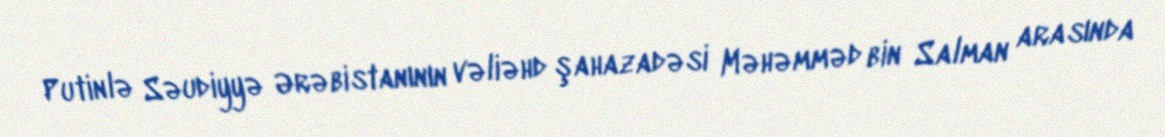
Putinlə Səudiyyə Ərəbistanının vəliəhd şahazadəsi Məhəmməd bin Salman arasında